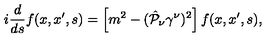
i \frac { d } { d s } f ( x , x ^ { \prime } , s ) = \left[ m ^ { 2 } - ( \hat { { \cal P } } _ { \nu } \gamma ^ { \nu } ) ^ { 2 } \right] f ( x , x ^ { \prime } , s ) ,